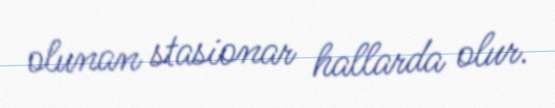
olunan stasionar hallarda olur.